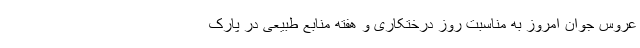
عروس جوان امروز به مناسبت روز درختکاری و هفته منابع طبیعی در پارک